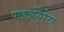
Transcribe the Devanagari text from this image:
पाइओयूरेटर